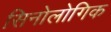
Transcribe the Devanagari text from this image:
सिनोलोगिक